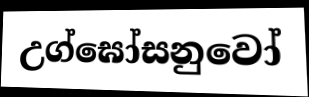
උග්ඝෝසනුවෝ